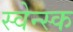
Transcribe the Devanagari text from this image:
स्वेन्स्क